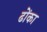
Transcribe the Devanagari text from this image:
ढोंका